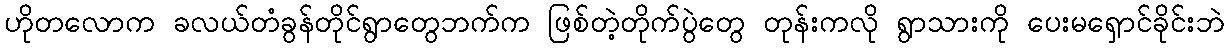
ဟိုတလောက ခလယ်တံခွန်တိုင်ရွာတွေဘက်က ဖြစ်တဲ့တိုက်ပွဲတွေ တုန်းကလို ရွာသားကို ပေးမရှောင်ခိုင်းဘဲ